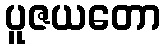
ပူဇယတော